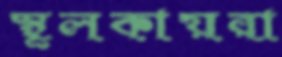
স্থূলকায়রা